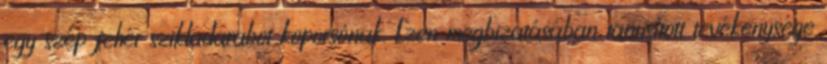
egy szép fehér szikladarabot koporsónak. Ezen megbizatásában tanusított tevékenysége